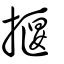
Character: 揠